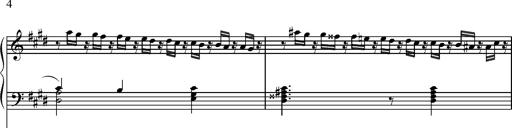
Title: Pilgerchor aus TannhÃ¤user
Composer: Franz Liszt